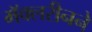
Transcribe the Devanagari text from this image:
मॅक्लरीनने